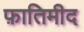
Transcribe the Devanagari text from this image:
फ़ातिमीद